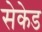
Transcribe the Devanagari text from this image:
सेकेड